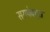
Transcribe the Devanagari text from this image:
ससपेक्ट्स